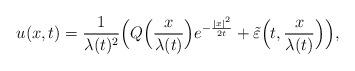
LaTeX: \begin{align*} u(x,t)=\frac{1}{\lambda(t)^2}\Big(Q\Big(\frac{x}{\lambda(t)}\Big)e^{-\frac{|x|^2}{2t}}+\tilde{\varepsilon}\Big(t,\frac{x}{\lambda(t)}\Big)\Big), \end{align*}